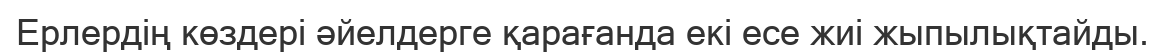
Ерлердің көздері әйелдерге қарағанда екі есе жиі жыпылықтайды.